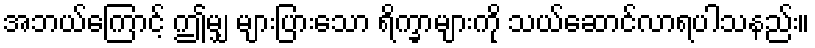
အဘယ်ကြောင့် ဤမျှ များပြားသော ရိက္ခာများကို သယ်ဆောင်လာရပါသနည်း။